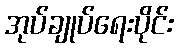
အုပ်ချုပ်ရေးပိုင်း